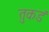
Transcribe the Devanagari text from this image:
तुकडं